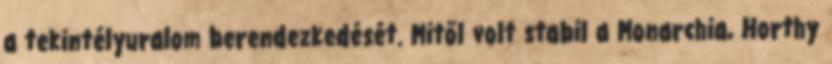
a tekintélyuralom berendezkedését. Mitől volt stabil a Monarchia, Horthy